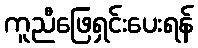
ကူညီဖြေရှင်းပေးရန်